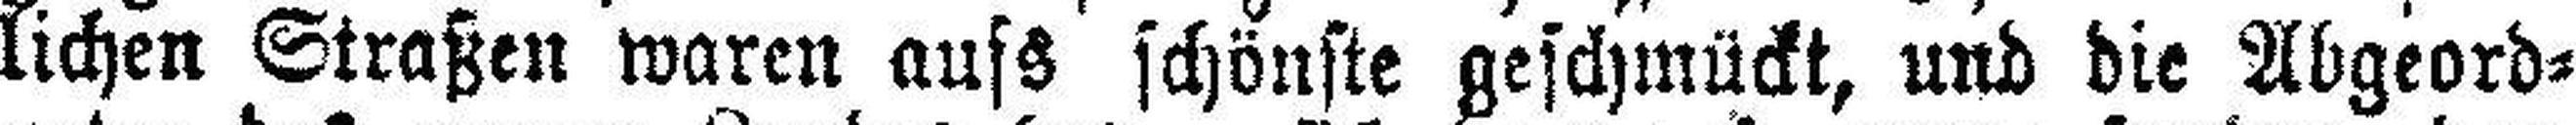
lichen Straßen waren aufs schönste geschmückt, und die Abgeord¬